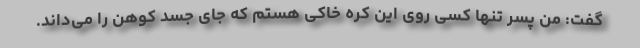
گفت: من پسر تنها کسی روی این کره خاکی هستم که جای جسد کوهن را می‌داند.